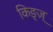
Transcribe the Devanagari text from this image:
किङ्ज़्